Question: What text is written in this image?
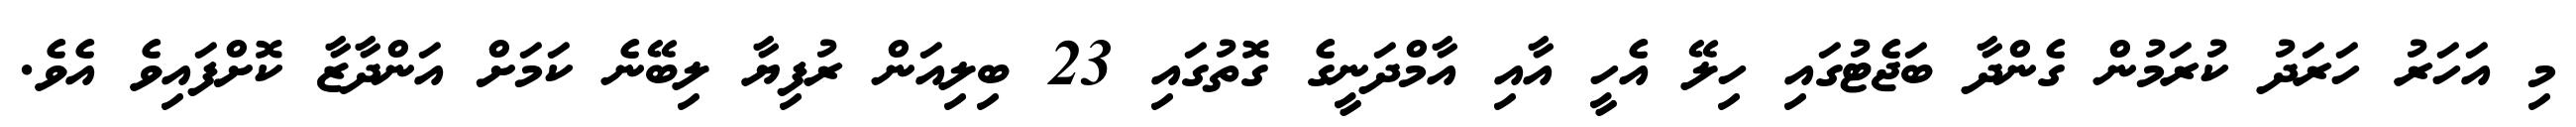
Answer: މި އަހަރު ހަރަދު ކުރަމުން ގެންދާ ބަޖެޓުގައި ހިލޭ އެހީ އާއި އާމްދަނީގެ ގޮތުގައި 23 ބިލިއަން ރުފިޔާ ލިބޭނެ ކަމަށް އަންދާޒާ ކޮށްފައިވެ އެވެ.